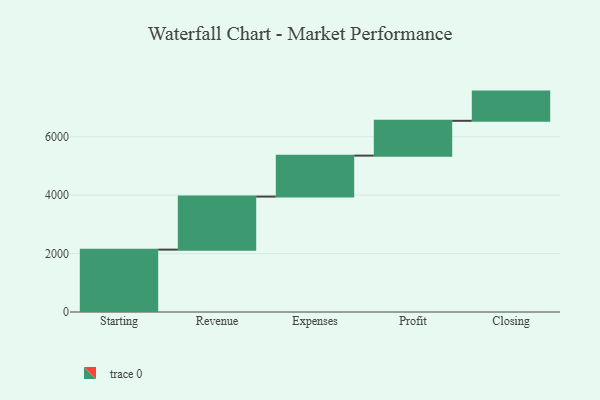
{"axis": {"x": "Step", "y": "Value"}, "legend": [""], "data": [{"x": "Starting", "y": 2135.0, "type": ""}, {"x": "Revenue", "y": 1816.0, "type": ""}, {"x": "Expenses", "y": 1402.0, "type": ""}, {"x": "Profit", "y": 1192.0, "type": ""}, {"x": "Closing", "y": 1000, "type": ""}]}